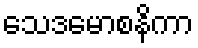
သေဒမောစနိကာ